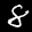
Label: 8